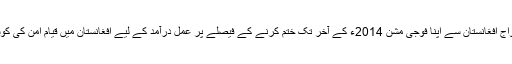
اُن کا یہ بیان ایک ایسے وقت سامنے آیا ہے جب نیٹو اتحادی افواج افغانستان سے اپنا فوجی مشن 2014ء کے آخر تک ختم کرنے کے فیصلے پر عمل درآمد کے لیے افغانستان میں قیام امن کی کوششوں اور افغان سکیورٹی فورسز کی تربیت میں مصروف ہیں۔